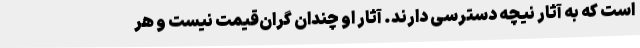
است که به آثار نیچه دسترسی دارند. آثار او چندان گران‌قیمت نیست و هر